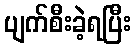
ပျက်စီးခဲ့ရပြီး